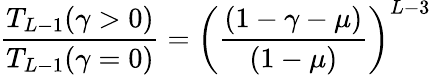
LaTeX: \frac{T_{L-1}(\gamma>0)}{T_{L-1}(\gamma=0)}=\left(\frac{(1-\gamma-\mu)}{(1-\mu)}\right)^{L-3}